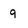
Character: 9